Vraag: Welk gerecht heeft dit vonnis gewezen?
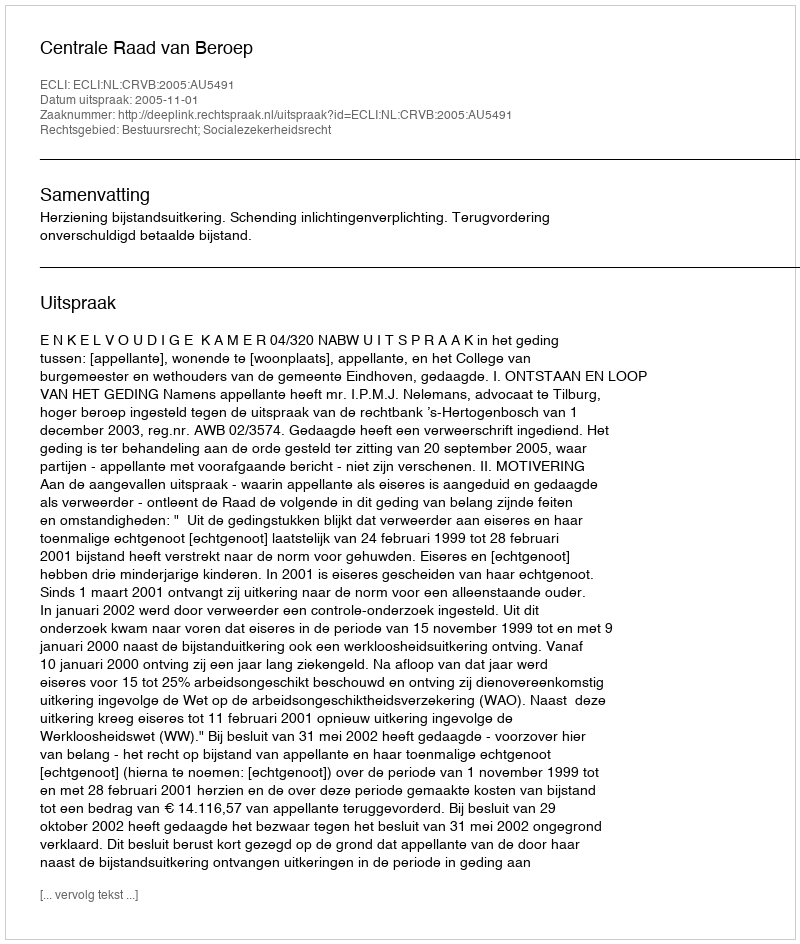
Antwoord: Centrale Raad van Beroep